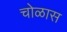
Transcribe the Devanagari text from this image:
चोळास